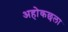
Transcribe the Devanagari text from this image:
अहोकछला